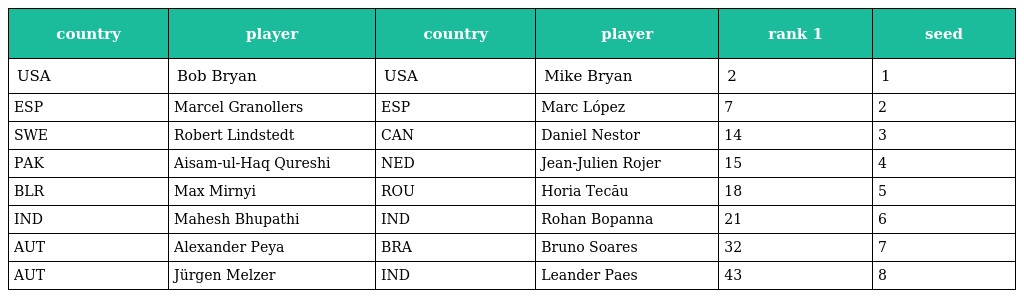
| country | player | country | player | rank 1 | seed |
 | --- | --- | --- | --- | --- | --- |
 | USA | Bob Bryan | USA | Mike Bryan | 2 | 1 |
 | ESP | Marcel Granollers | ESP | Marc López | 7 | 2 |
 | SWE | Robert Lindstedt | CAN | Daniel Nestor | 14 | 3 |
 | PAK | Aisam-ul-Haq Qureshi | NED | Jean-Julien Rojer | 15 | 4 |
 | BLR | Max Mirnyi | ROU | Horia Tecău | 18 | 5 |
 | IND | Mahesh Bhupathi | IND | Rohan Bopanna | 21 | 6 |
 | AUT | Alexander Peya | BRA | Bruno Soares | 32 | 7 |
 | AUT | Jürgen Melzer | IND | Leander Paes | 43 | 8 |